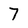
Character: 7